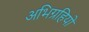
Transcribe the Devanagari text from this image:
अभिग्रहियों